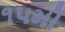
૧૫મી